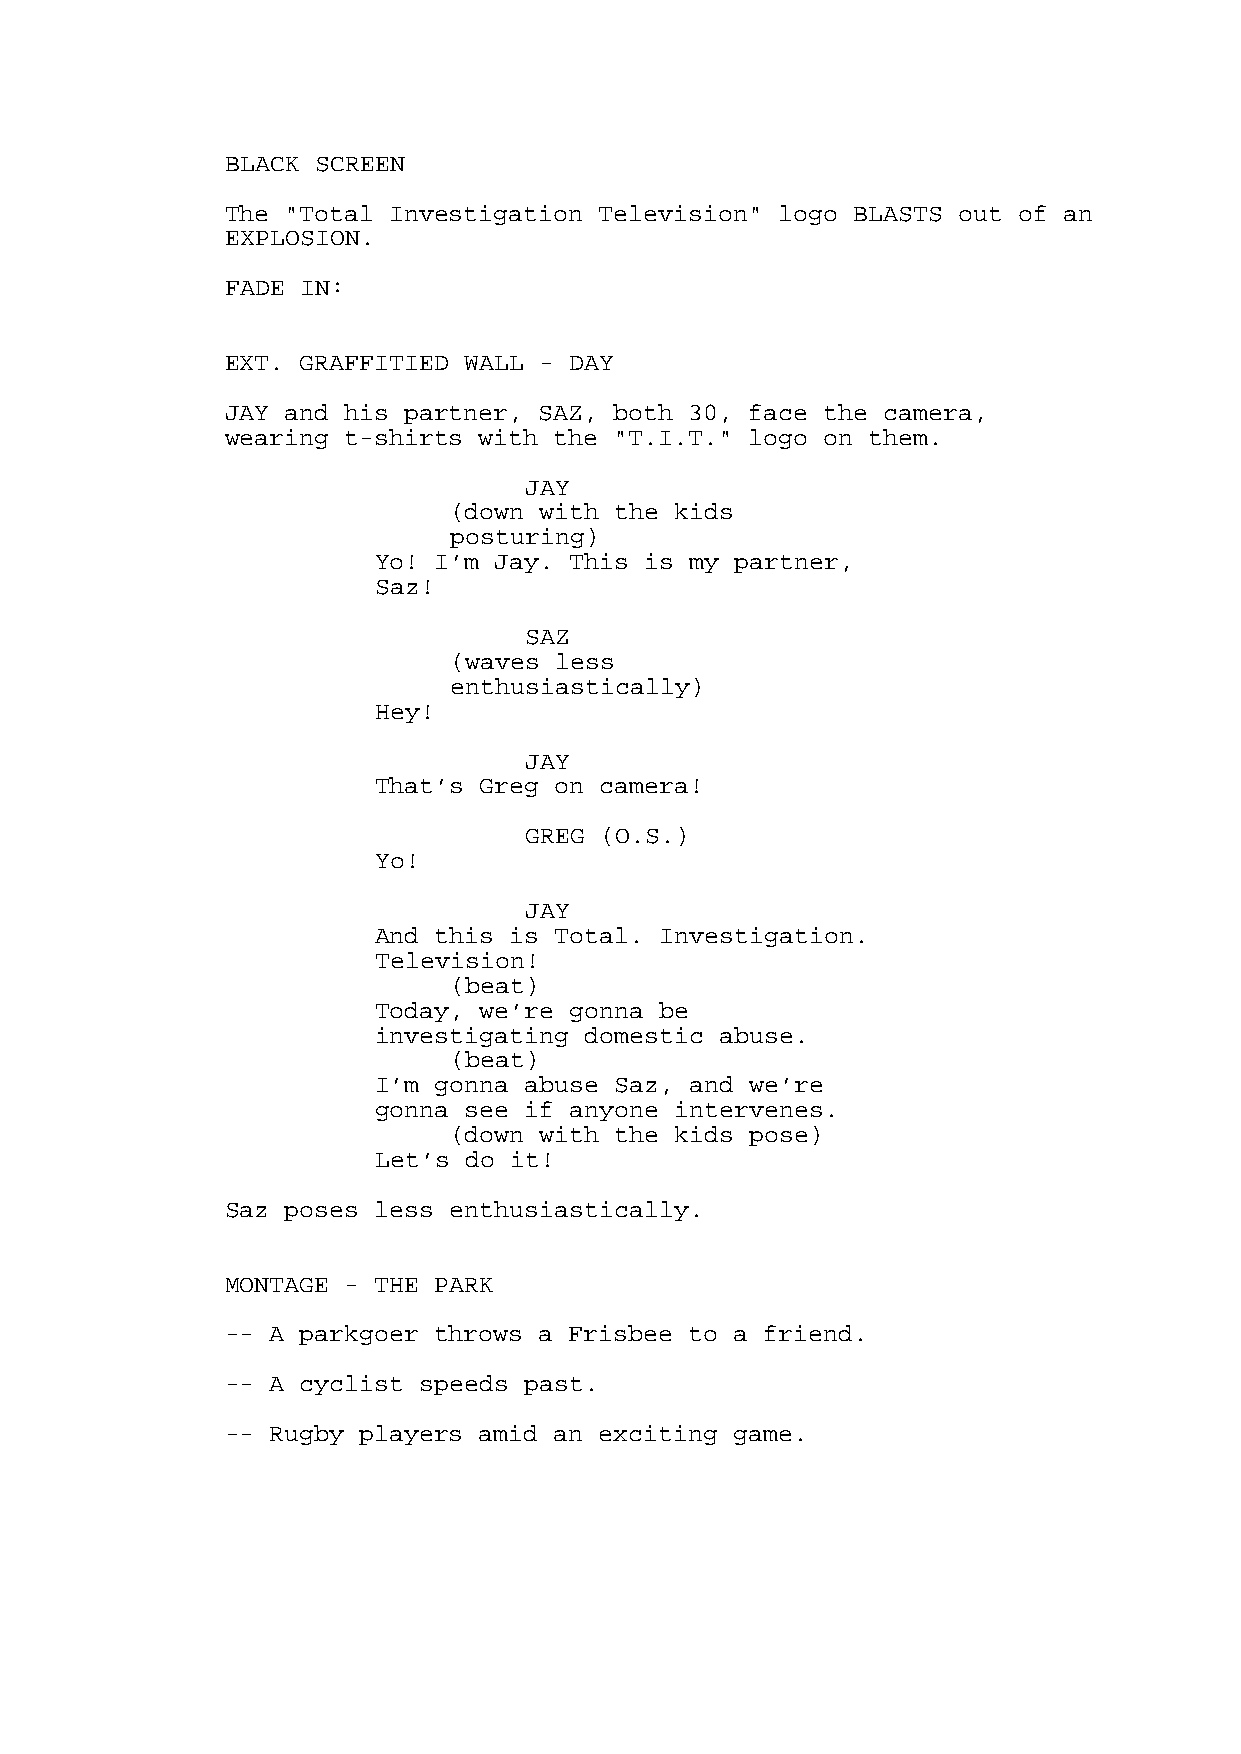
BLACK SCREEN
 The "Total Investigation Television" logo BLASTS out of an
 EXPLOSION.
 FADE IN:
 EXT. GRAFFITIED WALL - DAY
 JAY and his partner, SAZ, both 30, face the camera,
 wearing t-shirts with the "T.I.T." logo on them.
 JAY
 (down with the kids
 posturing)
 Yo! I’m Jay. This is my partner,
 Saz!
 SAZ
 (waves less
 enthusiastically)
 Hey!
 JAY
 That’s Greg on camera!
 GREG (O.S.)
 Yo!
 JAY
 And this is Total. Investigation.
 Television!
 (beat)
 Today, we’re gonna be
 investigating domestic abuse.
 (beat)
 I’m gonna abuse Saz, and we’re
 gonna see if anyone intervenes.
 (down with the kids pose)
 Let’s do it!
 Saz poses less enthusiastically.
 MONTAGE - THE PARK
 -- A parkgoer throws a Frisbee to a friend.
 -- A cyclist speeds past.
 -- Rugby players amid an exciting game.